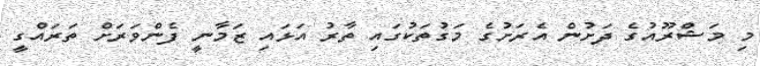
މި މަޝްރޫއުގެ ދަށުން އެރަށުގެ މަގުތަކުގައި ތާރު އަޅައި ޒަމާނީ ފެންވަރަށް ތަރައްގީ